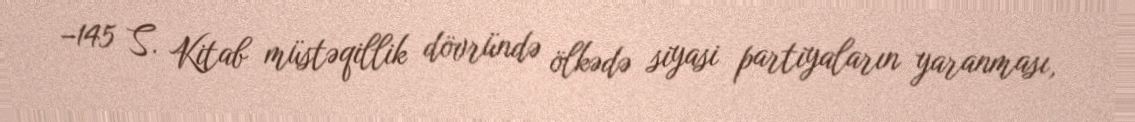
−145 S. Kitab müstəqillik dövründə ölkədə siyasi partiyaların yaranması,